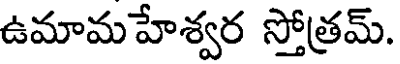
ఉమామహేశ్వర స్తోత్రమ్.